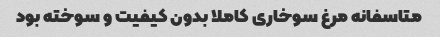
متاسفانه مرغ سوخاری کاملا بدون کیفیت و سوخته بود